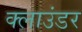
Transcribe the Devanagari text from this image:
क्लाउंडर